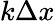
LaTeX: k\Delta x